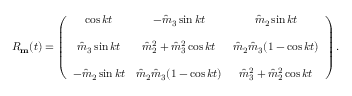
\begin{array} { r } { R _ { \bf m } ( t ) = \left( \begin{array} { c c c } { \cos k t } & { - \hat { m } _ { 3 } \sin k t } & { \hat { m } _ { 2 } \sin k t } \\ { } & { } & { } \\ { \hat { m } _ { 3 } \sin k t } & { \hat { m } _ { 2 } ^ { 2 } + \hat { m } _ { 3 } ^ { 2 } \cos k t } & { \hat { m } _ { 2 } \hat { m } _ { 3 } ( 1 - \cos k t ) } \\ { } & { } & { } \\ { - \hat { m } _ { 2 } \sin k t } & { \hat { m } _ { 2 } \hat { m } _ { 3 } ( 1 - \cos k t ) } & { \hat { m } _ { 3 } ^ { 2 } + \hat { m } _ { 2 } ^ { 2 } \cos k t } \end{array} \right) . } \end{array}